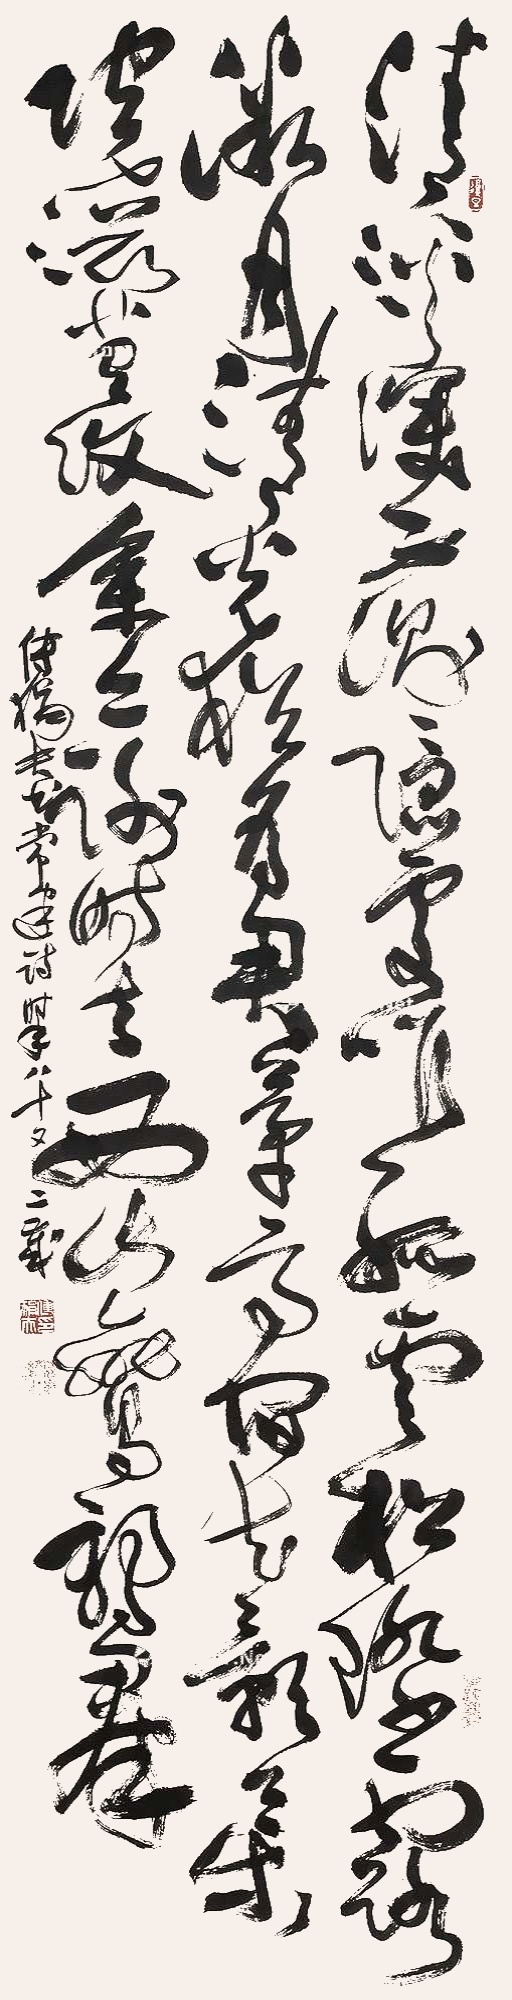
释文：清溪深不测，隐处唯孤云。松际露微月，清光犹为君。茅亭宿花影，药院滋苔纹。余亦谢时去，西山鸾鹤群。傅狷夫书常建诗时年八十又二岁。